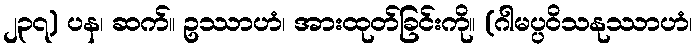
၂၃၇) ပန၊ ဆက်။ ဥဿာဟံ၊ အားထုတ်ခြင်းကို။ (ဂါမပ္ပဝိသနုဿာဟံ၊